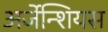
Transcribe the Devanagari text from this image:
अर्जेन्शियस